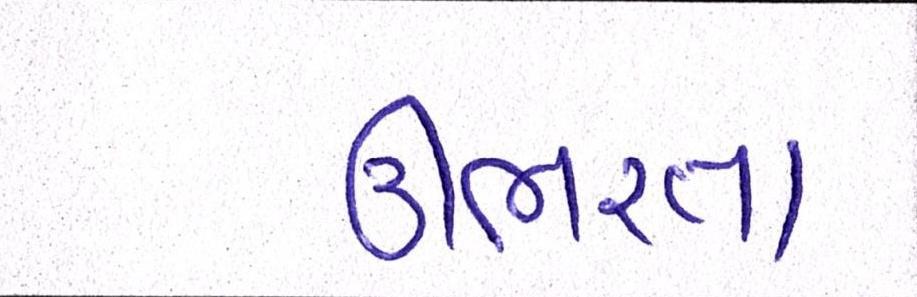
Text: ઊભરતા